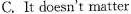
C. It doesn't matter